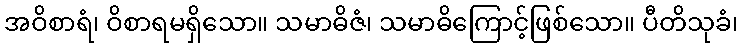
အဝိစာရံ၊ ဝိစာရမရှိသော။ သမာဓိဇံ၊ သမာဓိကြောင့်ဖြစ်သော။ ပီတိသုခံ၊